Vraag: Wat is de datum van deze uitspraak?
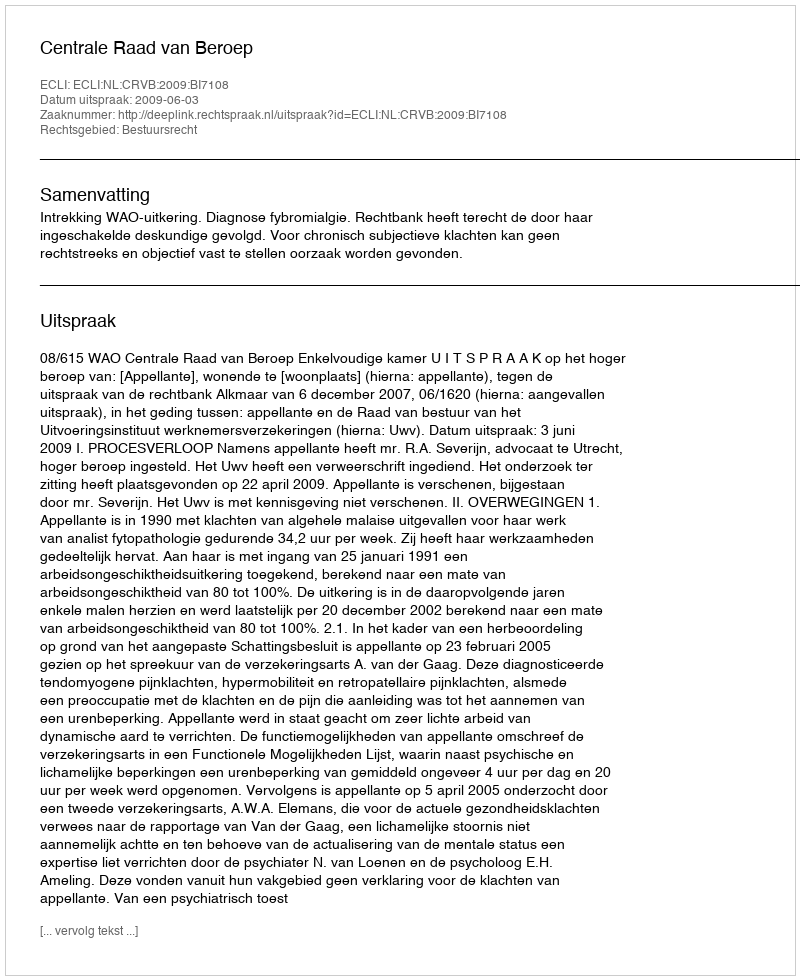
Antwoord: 2009-06-03